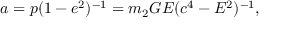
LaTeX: a = p ( 1 - e ^ { 2 } ) ^ { - 1 } = m _ { 2 } G E ( c ^ { 4 } - E ^ { 2 } ) ^ { - 1 } ,